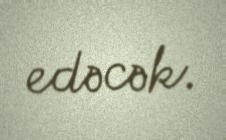
edəcək.